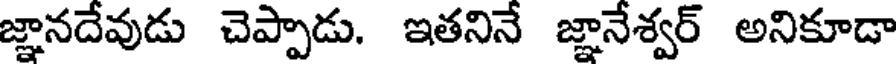
జ్ఞానదేవుడు చెప్పాడు. ఇతనినే జ్ఞానేశ్వర్ అనికూడా